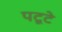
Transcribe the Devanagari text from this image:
पटूटे